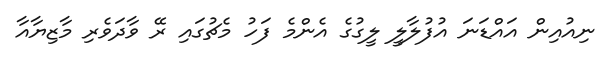
ނިއުއިން އައްޑަނަ އުފުލާލީ ލީގުގެ އެންމެ ފަހު މެޗުގައި ރޭ ވާދަވެރި މާޒިޔާއާ